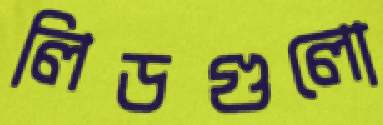
লিডগুলো